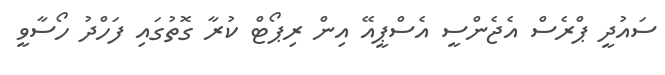
ސައުދީ ޕްރެސް އެޖެންސީ އެސްޕީއޭ އިން ރިޕޯޓް ކުރާ ގޮތުގައި ފަހްދު ހޯސާވީ